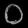
Digit: ၀